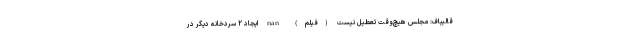
قالیباف: مجلس هیچ‌وقت تعطیل نیست (فیلم) nan ایجاد ۲ سردخانه دیگر در